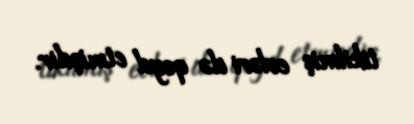
tikilmiş evləri də qeyd etmişdir.